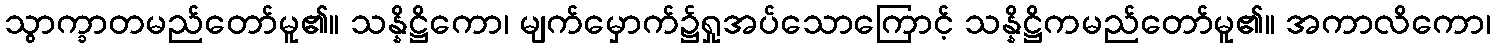
သွာက္ခာတမည်တော်မူ၏။ သန္နိဋ္ဌိကော၊ မျက်မှောက်၌ရှုအပ်သောကြောင့် သန္နိဋ္ဌိကမည်တော်မူ၏။ အကာလိကော၊